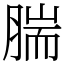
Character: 腨